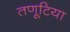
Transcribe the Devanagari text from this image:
तणूटिया